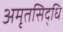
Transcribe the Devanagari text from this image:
अमृतसिद्धि